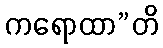
ကရောထာ”တိ